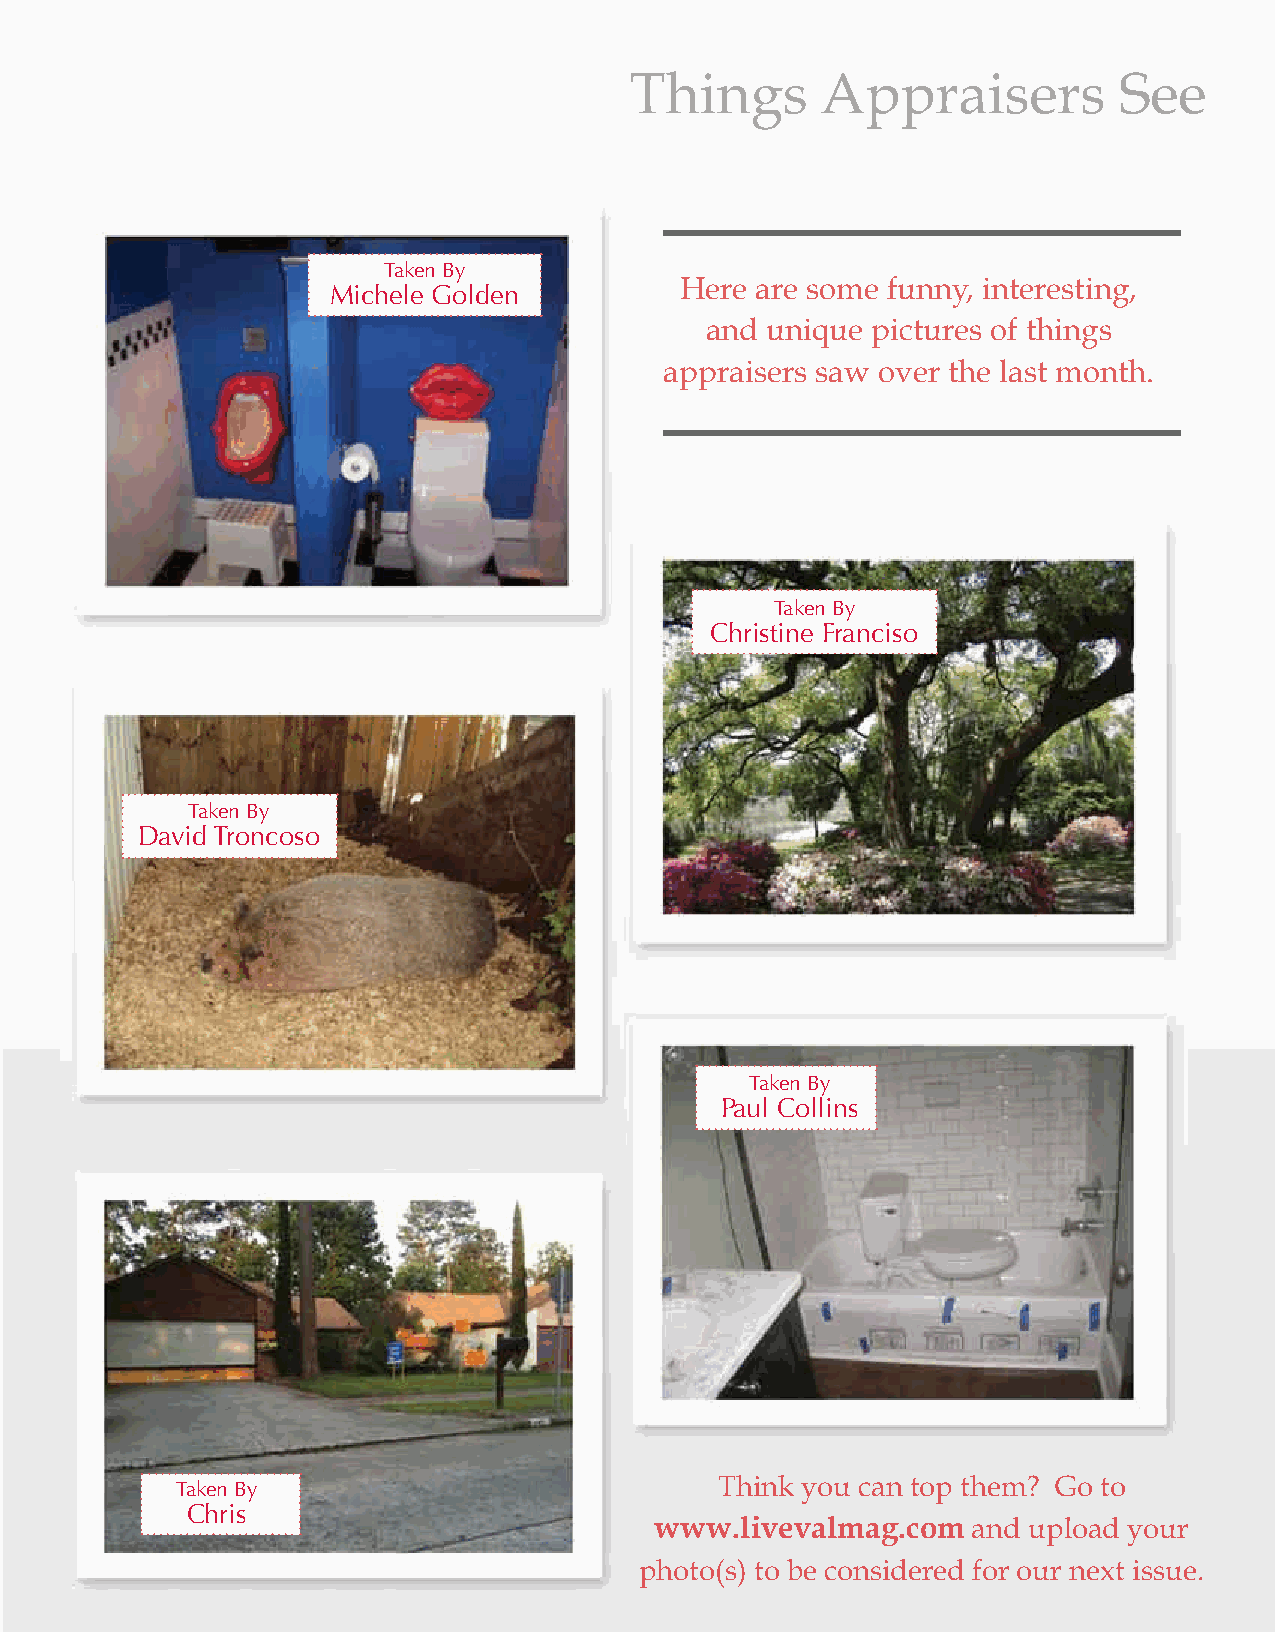
Things      Appraisers          See
 Taken By
 Here are some funny, interesting,
 Michele Golden
 and unique pictures of things
 appraisers saw over the last month.
 Taken By
 Christine franciso
 Taken By
 David Troncoso
 Taken By
 Paul Collins
 Taken By                            Think you can top them? Go to
 Chris
 www.livevalmag.com   and upload your
 photo(s) to be considered for our next issue.